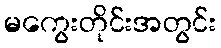
မကွေးတိုင်းအတွင်း